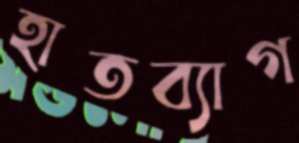
হাতব্যাগ